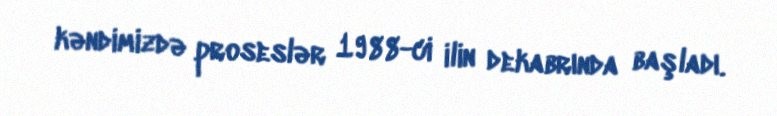
kəndimizdə proseslər 1988-ci ilin dekabrında başladı.